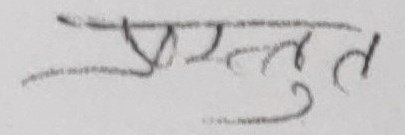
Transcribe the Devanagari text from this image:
प्रस्तुत